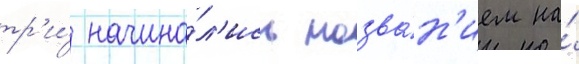
тр'и́ начина́л'ись назва́н'ием на́